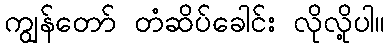
ကျွန်တော် တံဆိပ်ခေါင်း လိုလို့ပါ။